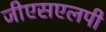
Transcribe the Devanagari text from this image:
जीएसएलपी